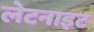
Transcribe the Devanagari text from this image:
लेटनाइट